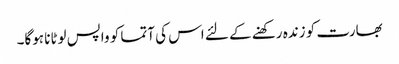
بھارت کو زندہ رکھنے کے لئے اس کی آتما کو واپس لوٹانا ہوگا۔